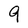
Character: 9